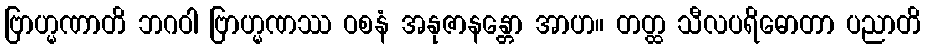
ဗြာဟ္မဏာတိ ဘဂဝါ ဗြာဟ္မဏဿ ဝစနံ အနုဇာနန္တော အာဟ။ တတ္ထ သီလပရိဓောတာ ပညာတိ